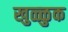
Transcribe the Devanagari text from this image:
खुळ्ळुक